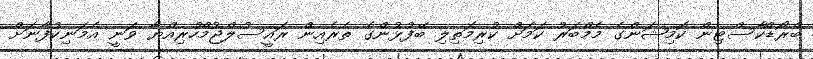
ބްރޯޑްކާސްޓިން ކޮމިޝަންގެ މެމްބަރު ކަމަށް ކުރިމަތިލި ބޭފުޅުންގެ ތެރެއިން ރައީސުލްޖުމްހުރިއްޔާ ވަނީ އެމަނިކުފާނަށް